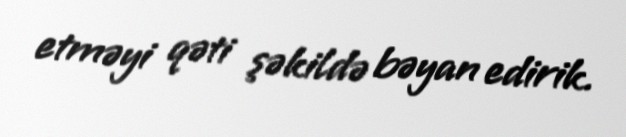
etməyi qəti şəkildə bəyan edirik.